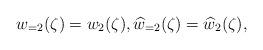
LaTeX: \begin{align*} w_{=2}(\zeta)= w_{2}(\zeta), \widehat{w}_{=2}(\zeta)=\widehat{w}_{2}(\zeta),\end{align*}